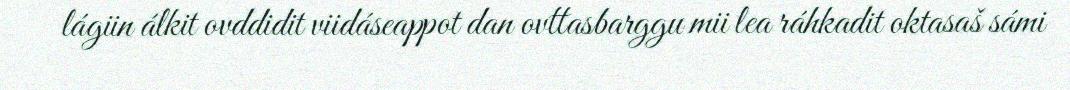
lágiin álkit ovddidit viidáseappot dan ovttasbarggu mii lea ráhkadit oktasaš sámi